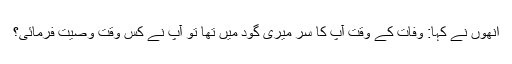
انھوں نے کہا: وفات کے وقت آپ کا سر میری گود میں تھا تو آپ نے کس وقت وصیت فرمائی؟